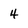
Character: 4